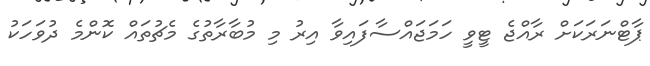
ޕާޓްނަރަކަށް ރާއްޖެ ޓީވީ ހަމަޖައްސާފައިވާ އިރު މި މުބާރާތުގެ މެޗުތައް ކޮންމެ ދުވަހަކު